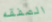
الصفقه